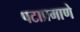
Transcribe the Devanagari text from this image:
पटाप्रमाणे